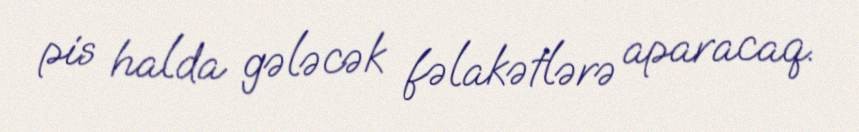
pis halda gələcək fəlakətlərə aparacaq.